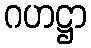
ဂဟဋ္ဌာ